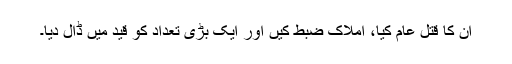
ان کا قتل عام کیا، املاک ضبط کیں اور ایک بڑی تعداد کو قید میں ڈال دیا۔